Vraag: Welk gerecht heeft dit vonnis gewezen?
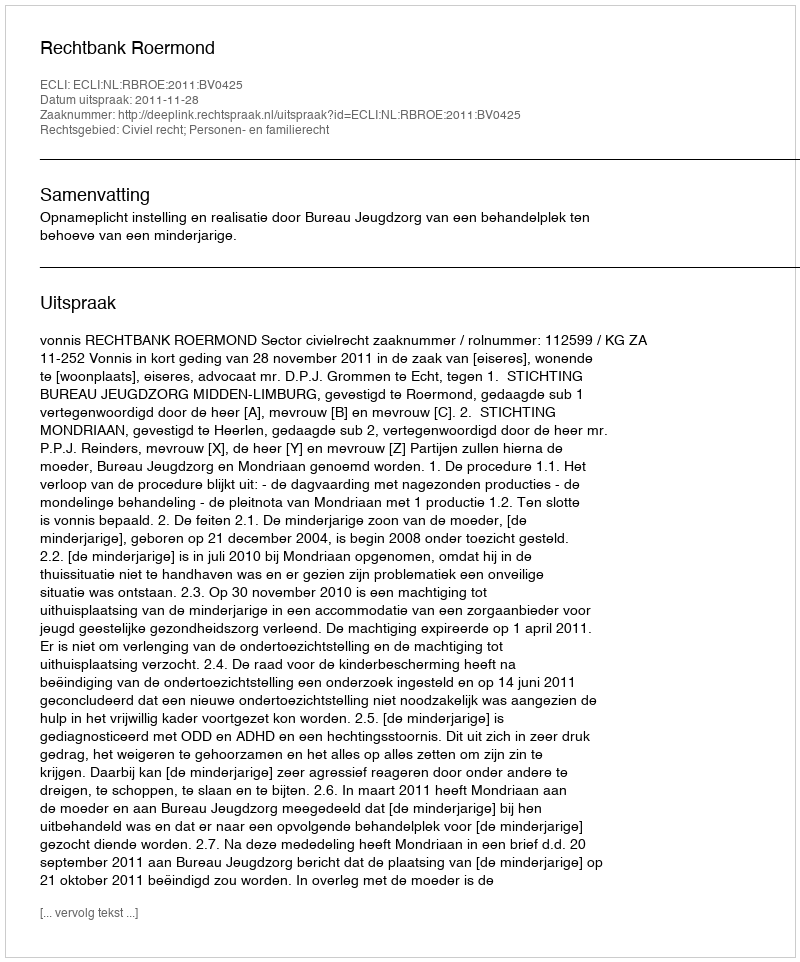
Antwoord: Rechtbank Roermond